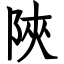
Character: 陜